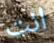
انت